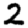
Digit: 2